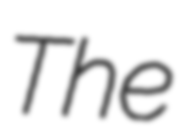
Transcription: The